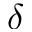
\delta